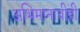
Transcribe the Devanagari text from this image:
अभिमानाचीही